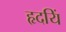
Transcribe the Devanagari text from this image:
हृदयिं